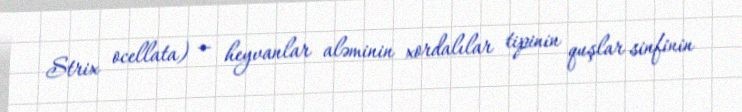
Strix ocellata) — heyvanlar aləminin xordalılar tipinin quşlar sinfinin